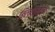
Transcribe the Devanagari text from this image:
बिलबेर्रीज़